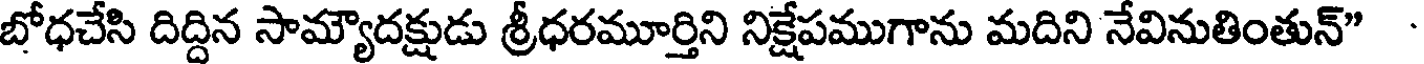
బోధచేసి దిద్దిన సామ్యౌదక్షుడు శ్రీధరమూర్తిని నిక్షేపముగాను మదిని నేవినుతింతున్"